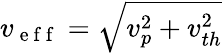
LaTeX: v_{\mathrm{~e~f~f~}}=\sqrt{v_{p}^{2}+v_{th}^{2}}